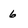
Character: 6